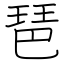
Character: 琶